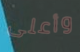
وأعلى